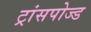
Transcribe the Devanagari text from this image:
ट्रांसपोज्ड